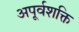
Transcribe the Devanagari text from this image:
अपूर्वशक्ति